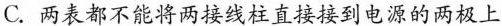
C.两表都不能将两接线柱直接接到电源的两极上